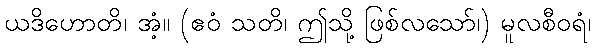
ယဒိဟောတိ၊ အံ့။ (ဧဝံ သတိ၊ ဤသို့ ဖြစ်လသော်၊) မူလစီဝရံ၊